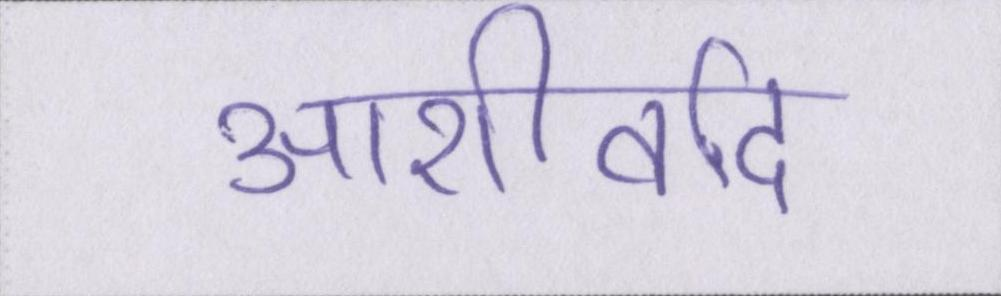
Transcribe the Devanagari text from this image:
आशीर्वाद